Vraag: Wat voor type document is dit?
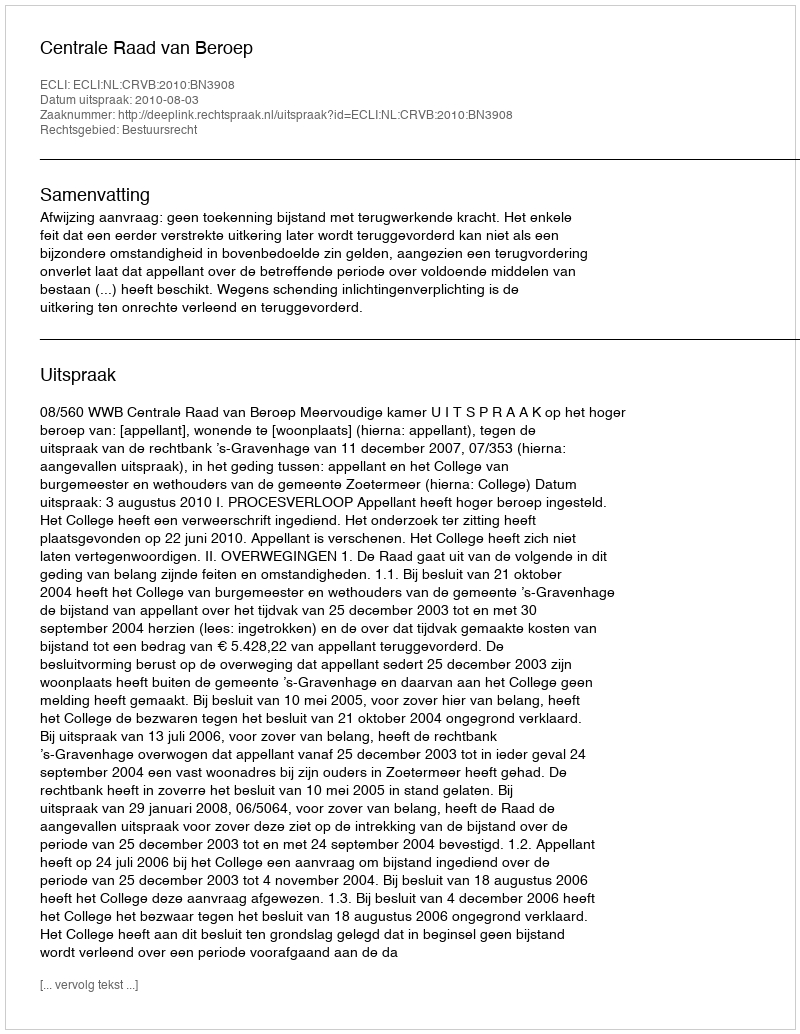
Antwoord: Uitspraak